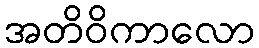
အတိဝိကာလော